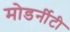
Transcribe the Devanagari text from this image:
मोडर्नीटी